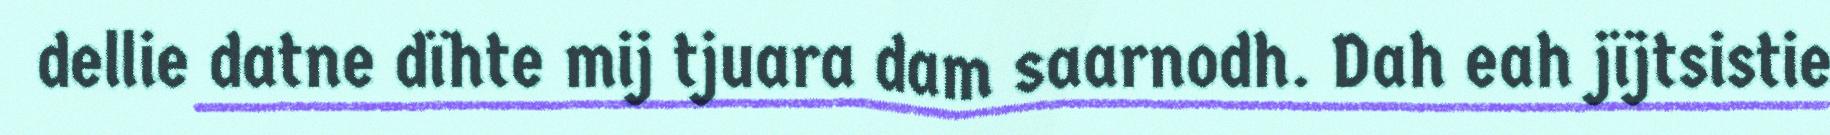
dellie datne dïhte mij tjuara dam saarnodh. Dah eah jïjtsistie